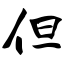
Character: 但